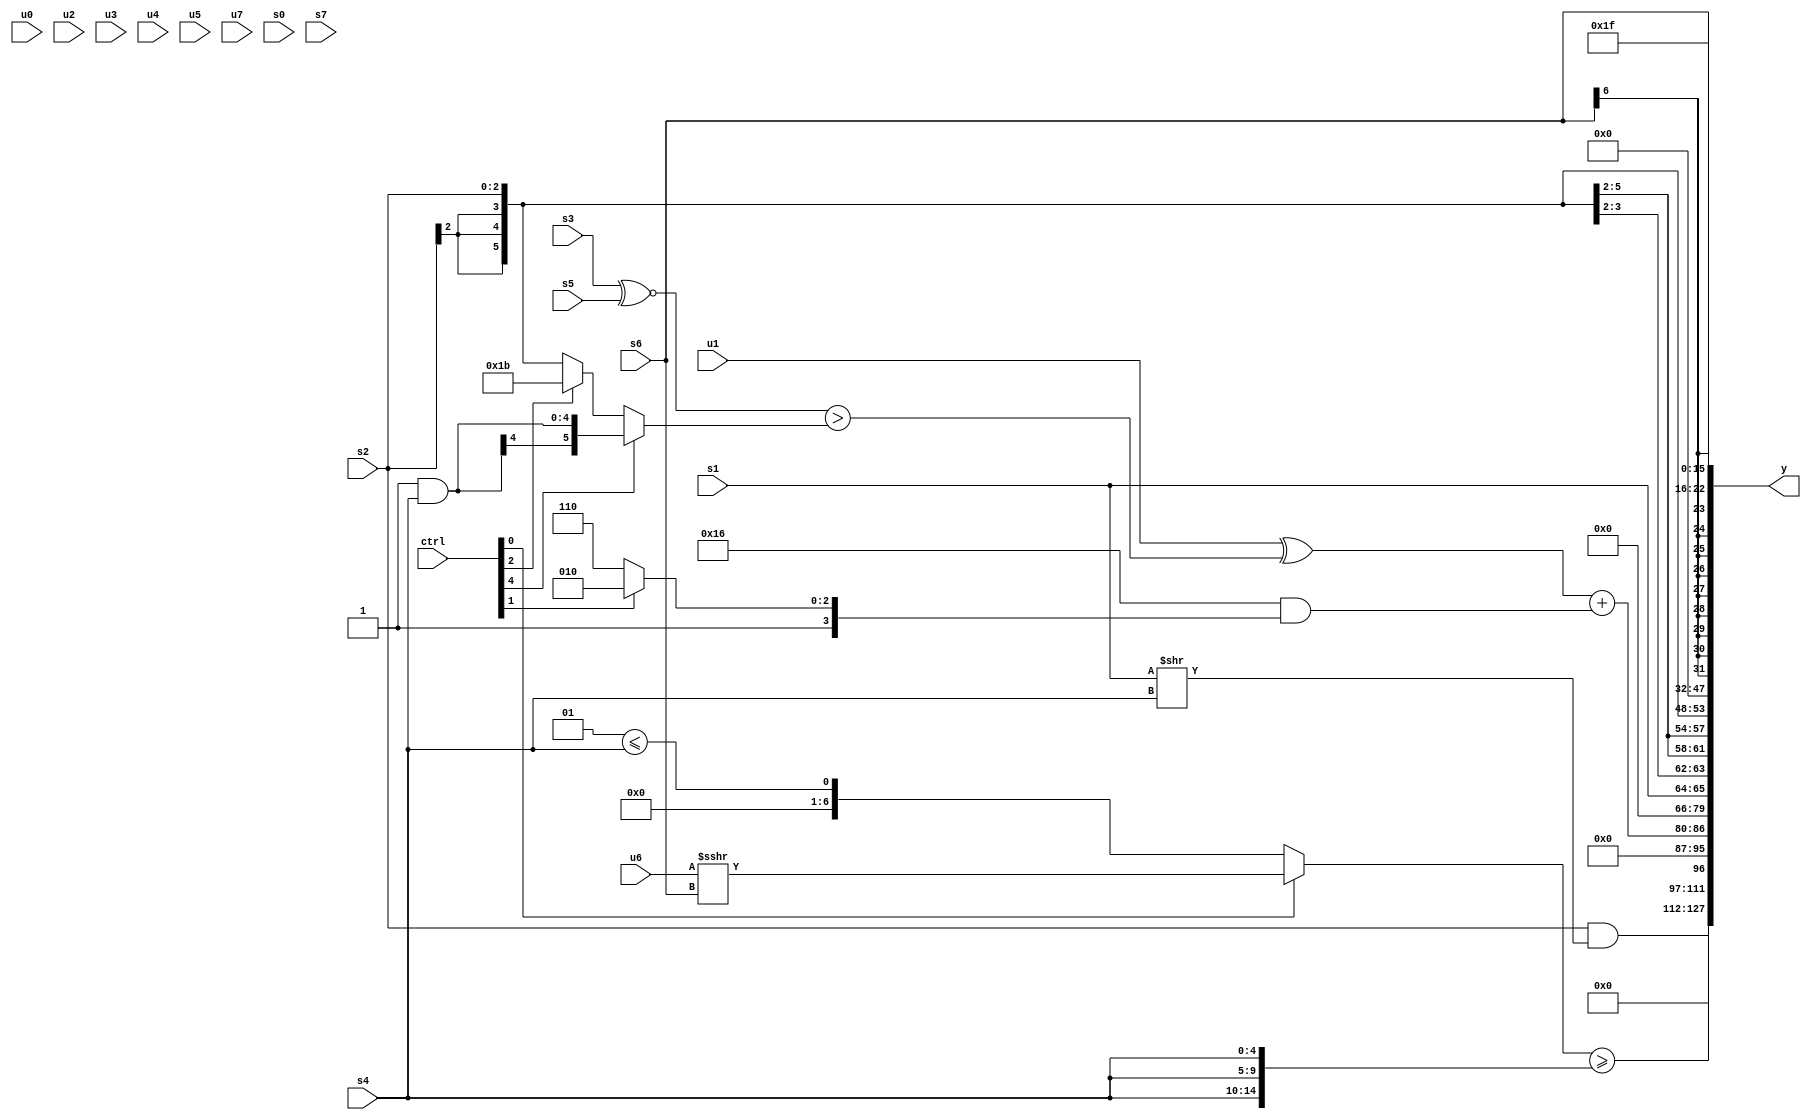
module wideexpr_00623(ctrl, u0, u1, u2, u3, u4, u5, u6, u7, s0, s1, s2, s3, s4, s5, s6, s7, y);
  input [7:0] ctrl;
  input [0:0] u0;
  input [1:0] u1;
  input [2:0] u2;
  input [3:0] u3;
  input [4:0] u4;
  input [5:0] u5;
  input [6:0] u6;
  input [7:0] u7;
  input signed [0:0] s0;
  input signed [1:0] s1;
  input signed [2:0] s2;
  input signed [3:0] s3;
  input signed [4:0] s4;
  input signed [5:0] s5;
  input signed [6:0] s6;
  input signed [7:0] s7;
  output [127:0] y;
  wire [15:0] y0;
  wire [15:0] y1;
  wire [15:0] y2;
  wire [15:0] y3;
  wire [15:0] y4;
  wire [15:0] y5;
  wire [15:0] y6;
  wire [15:0] y7;
  assign y = {y0,y1,y2,y3,y4,y5,y6,y7};
  assign y0 = (s2)&((s1)>>($signed(s4)));
  assign y1 = ({1{(ctrl[0]?(+(u6))>>>(s6):$signed((4'sb0001)<=(s4)))}})>=({3{s4}});
  assign y2 = ((u1)^(((s3)^~(+(s5)))>((ctrl[4]?(2'sb11)&(s4):(ctrl[2]?6'sb011011:s2)))))+($signed((6'sb010110)&($signed((ctrl[1]?5'sb11010:2'sb10)))));
  assign y3 = {1{$signed(s1)}};
  assign y4 = s2;
  assign y5 = ((({s5})>>>(s5))<(&({1{(2'sb11)==(s2)}})))==(5'sb00011);
  assign y6 = s6;
  assign y7 = {6'sb011111};
endmodule